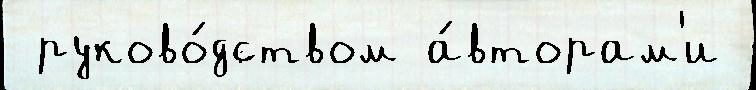
 руково́дством а́вторам'и